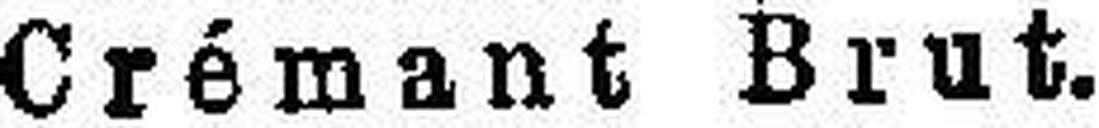
Crémant Brut.